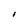
Character: I